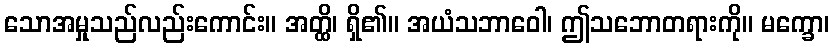
သောအမှုသည်လည်းကောင်း။ အတ္ထိ၊ ရှိ၏။ အယံသဘာဝေါ၊ ဤသဘောတရားကို။ မက္ခော၊